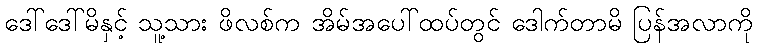
ဒေါ်ဒေါ်မိနှင့် သူ့သား ဖိလစ်က အိမ်အပေါ်ထပ်တွင် ဒေါက်တာမိ ပြန်အလာကို